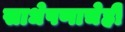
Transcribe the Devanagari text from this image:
साधेपणाचेही